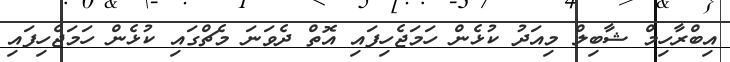
އިބްރާހިމް ޝާބިލް މިއަދު ކުޅެން ހަމަޖެހިފައި އޮތް ދެވަނަ މެޗްގައި ކުޅެން ހަމަޖެހިފައި